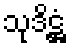
သုဒိဋ္ဌံ